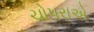
ચોપરાએ